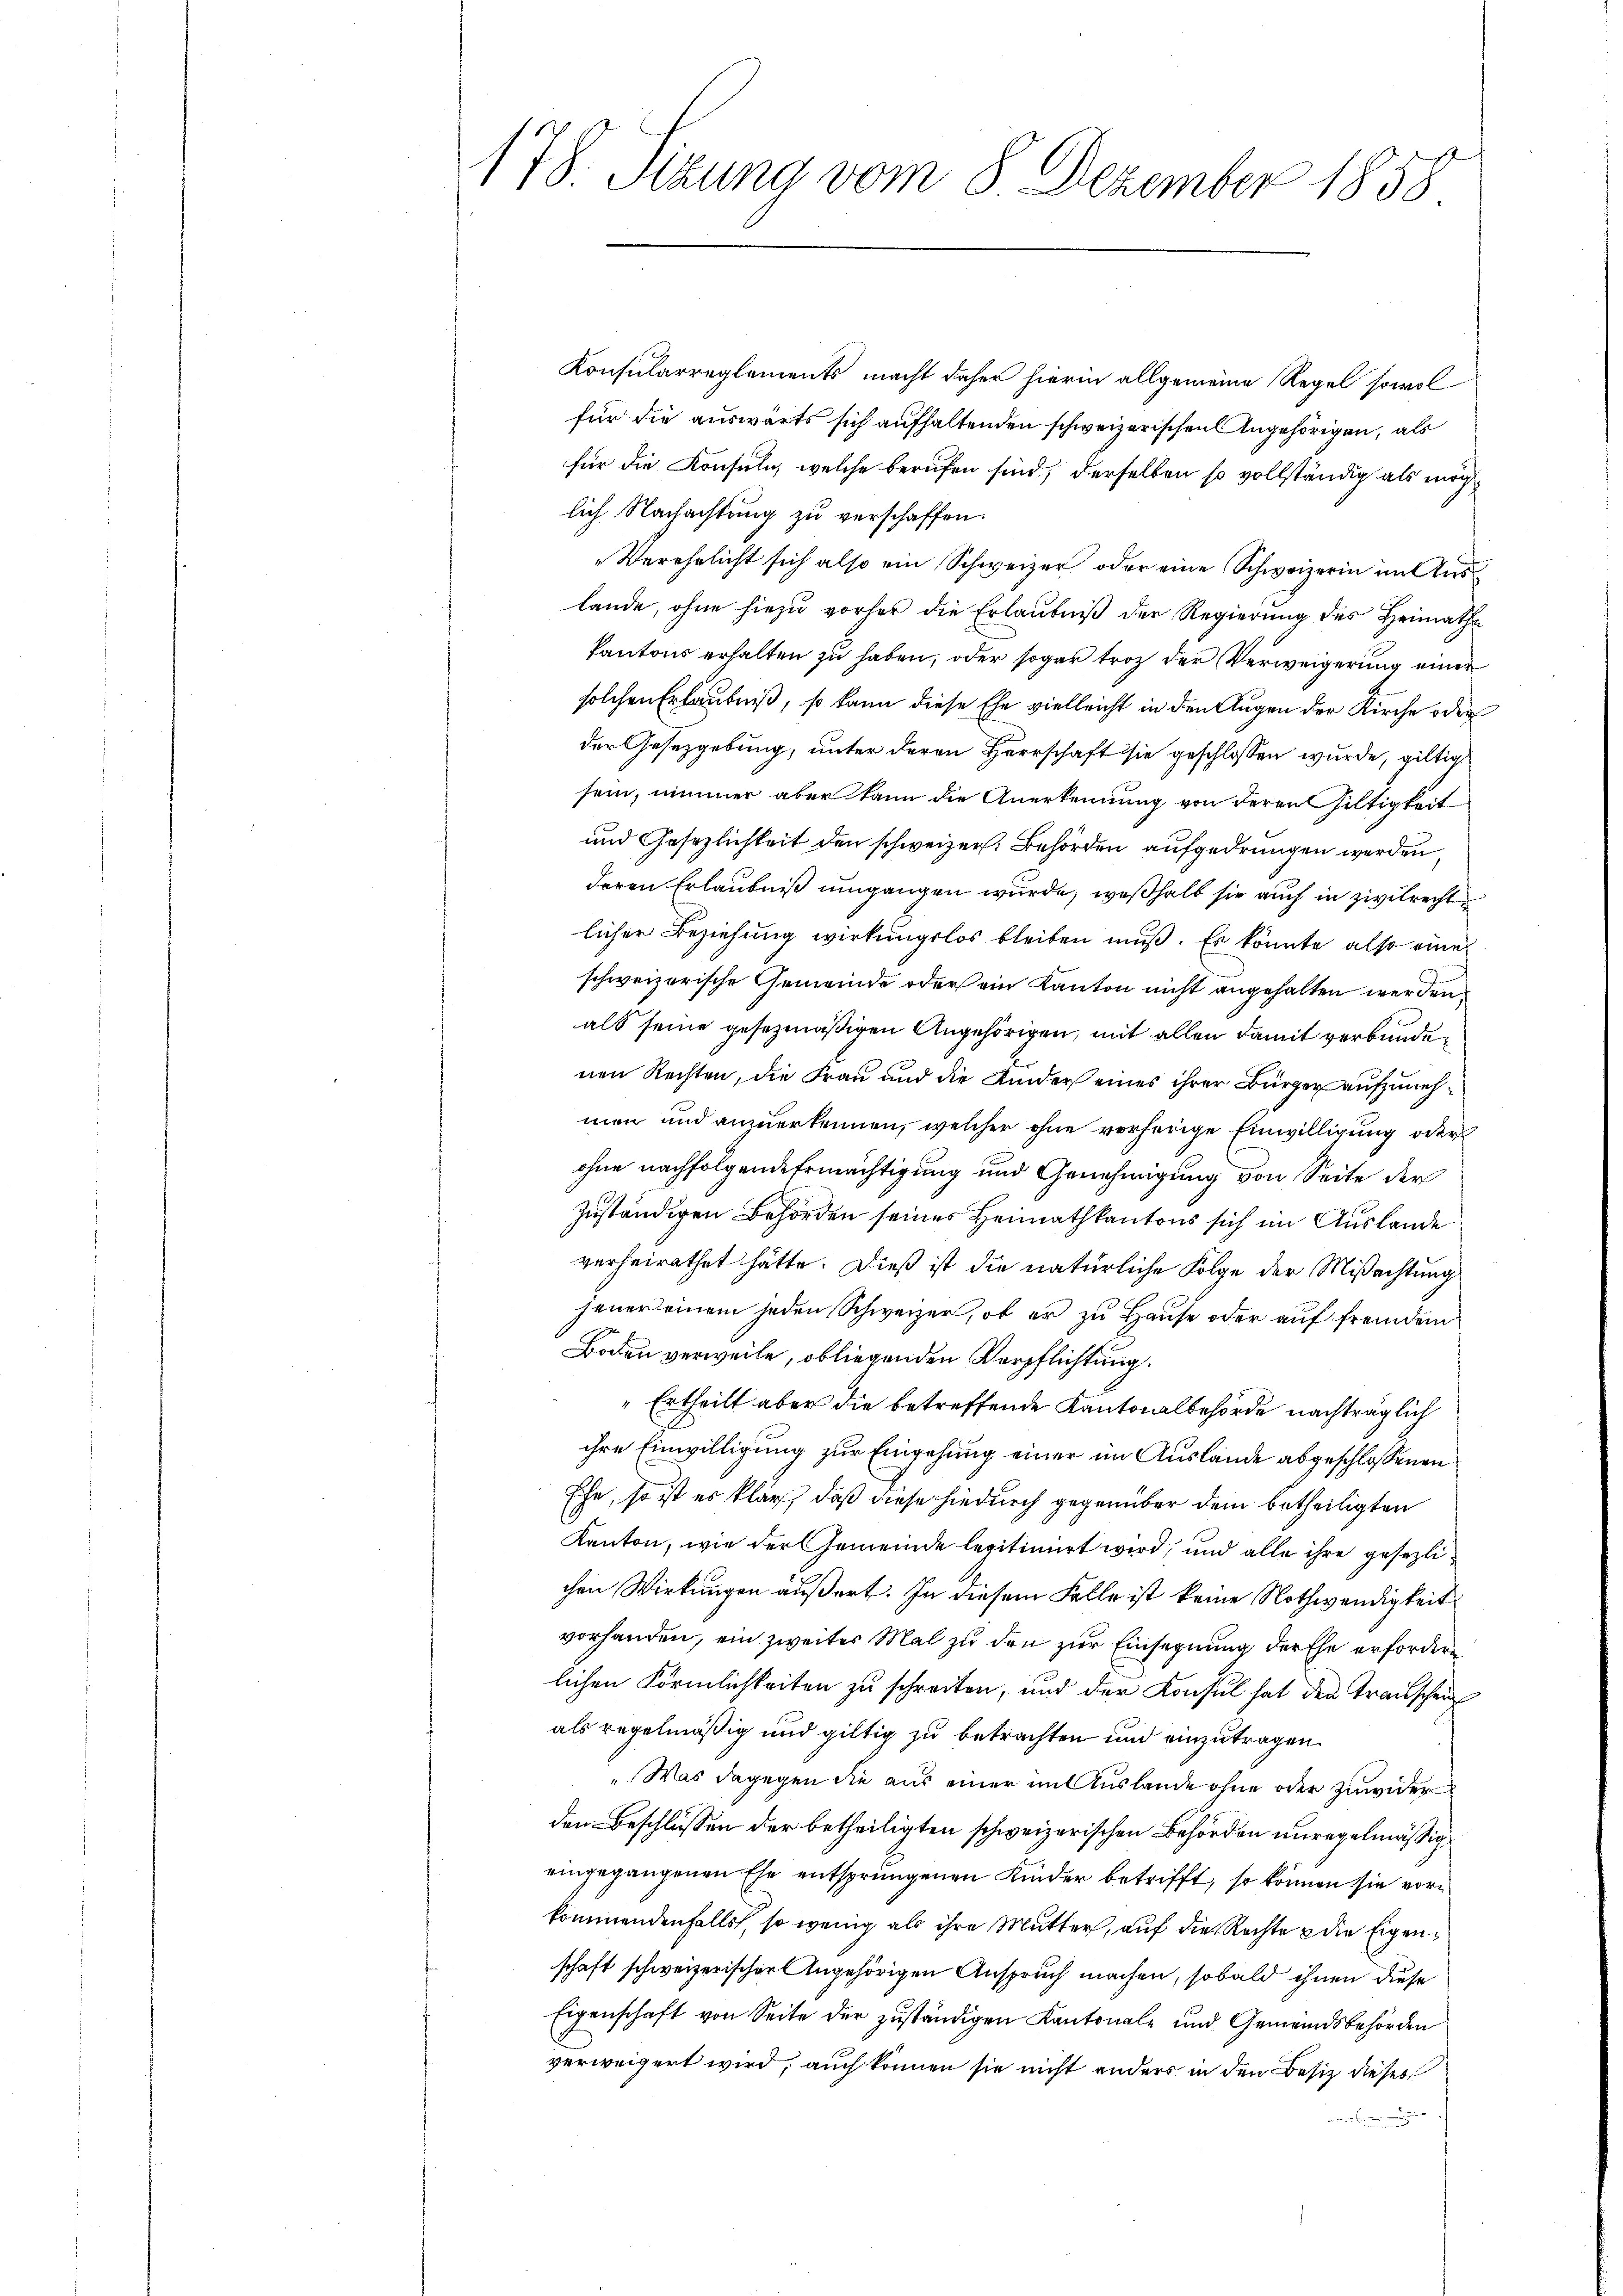
178. Sizung vom 8. Dezember 1858

Konsularreglements macht daher hierin allgemeine Regel sowol
für die auswärts sich aufhaltenden schweizerischen Angehörigen, als
für die Konsuln, welche berufen sind, derselben so vollständig als mög
lich Nachachtung zu verschaffen.
Verehelicht sich also ein Schweizer oder eine Schweizerin im Auslande, ohne hiezu vorher die Erlaubniß der Regierung des Heimathe
kantons erhalten zu haben, oder sogar trotz der Verweigerung einer
solchen Erlaubniß, so kann diese Ehe vielleicht in den Augen der Kirche oder
der Gesetzgebung, unter deren Herrschaft sie geschlossen wurde, giltig
sein, nimmer aber kann die Anerkennung von deren Hiltigkeit
und Gesezlichkeit den schweizer. Behörden aufgedrungen werden,
deren Erlaubniß umgangen wurde, weßhalb sie auch in zivilrecht
licher Beziehung wirkungslos bleiben muß. Er könnte also eine
schweizerische Gemeinde oder ein Kanton nicht angehalten werden.
als seine gesezmäßigen Angehörigen, mit allen damit verbundenen Rechten, die Frau und die Kinder eines ihrer Bürger aufzunehmen und anzuerkennen, welcher ohne vorherige Einwilligung oder
ohne nachfolgende Ermächtigung und Genehmigung von Seite der
zuständigen Behörden seines Heimathkantons sich im Auslande
verheirathet hätte. Dieß ist die natürliche Folge der Mißachtung
jener einem jeden Schweizer, ob er zu Hause oder auf fremdem
Boden verweile, obliegenden Verpflichtung.
"Ertheilt aber die betreffende Kantonalbehörde nachträglich
ihre Einwilligung zur Eingehung einer im Auslände abgeschlossenen
Ehe, so ist es klar, daß diese hiedurch gegenüber dem betheiligten
Kanton, wie der Gemeinde legitimiert wird, und alle ihre gesezlichen Wirkungen äußert. In diesem Falle ist keine Nothwendigkeit
vorhanden, ein zweiter Mal zu den zur Einsegnung der Ehe erforderlichen Förmlichkeiten zu schreiten, und der Konsul hat den Transchein
als regelmäßig und giltig zu betrachten und einzutragen.
„Was dagegen die aus einer im Auslande ohne oder zuwider
den Beschlüssen der betheiligten schweizerischen Behörden unregelmäßig
eingegangenen Ehe entsprungenen Kinder betrifft, so können sie vorn
kommendenfalls, so wenig als ihre Mutter, auf die Rechte & die Eigenschaft schweizerischer Angehörigen Anspruch machen, sobald ihnen diese
Eigenschaft von Seite der zuständigen Kantonale und Gemeindsbehörden
verweigert wird, auch können sie nicht anders in den Besitz dieses
.